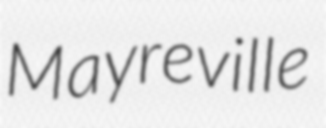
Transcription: Mayreville